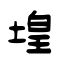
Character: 堭